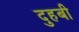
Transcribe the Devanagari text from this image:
दुहबी